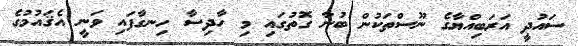
ސައުދީ އަރަބިއްޔާގެ ނޫސްތަކުން ބުނާ ގޮތުގައި މި ހާދިސާ ހިނގާފައި ވަނީ އެޤައުމުގެ